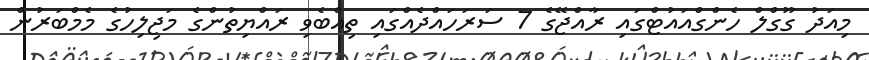
މިއަދު ގޫގްލް ހެންގްއައުޓްގައި ރާއްޖޭގެ 7 ސަރަހައްދެއްގައި ތިއްބެވި ރައްޔިތުންގެ މަޖިލިހުގެ މެމްބަރުން